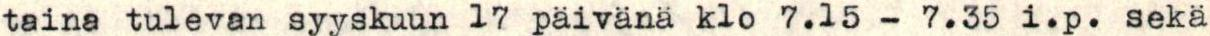
taina tulevan syyskuun 17 päivänä klo 7.15 - 7.35 i.p. sekä